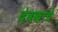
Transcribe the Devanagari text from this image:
देवकाचे